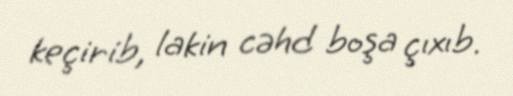
keçirib, lakin cəhd boşa çıxıb.